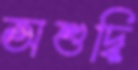
অশুদ্ধি